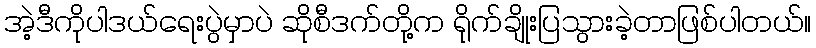
အဲ့ဒီကိုပါဒယ်ရေးပွဲမှာပဲ ဆိုစီဒက်တို့က ရိုက်ချိုးပြသွားခဲ့တာဖြစ်ပါတယ်။